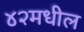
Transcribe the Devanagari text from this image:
४२मधील